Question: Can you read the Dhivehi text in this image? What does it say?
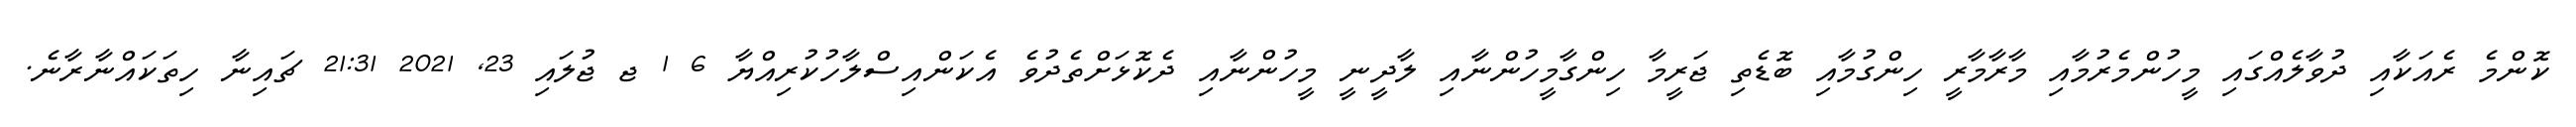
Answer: ކޮންމެ ރެއަކާއި ދުވާލެއްގައި މީހުންމެރުމާއި މާރާމާރީ ހިންގުމާއި ބޮޑެތި ޖަރީމާ ހިންގާމީހުންނާއި ލާދީނީ މީހުންނާއި ދެކޮޅަށްތެދުވެ އެކަންއިސްލާހުކުރިއްޔާ 6 1 ޖ ޖުލައި 23, 2021 21:31 ޗައިނާ ހިތަކައްނާރާނެ.